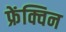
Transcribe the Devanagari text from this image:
फ्रेंक्विन